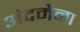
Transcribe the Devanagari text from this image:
अंदमैना